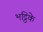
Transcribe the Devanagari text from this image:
भट्ठिके